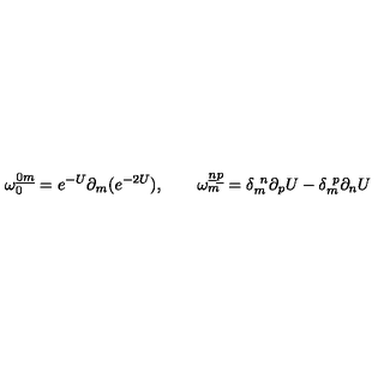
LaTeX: \omega _ { 0 } ^ { \underline { 0 } \underline { m } } = e ^ { - U } \partial _ { m } ( e ^ { - 2 U } ) , \qquad \omega _ { m } ^ { \underline { n } \underline { p } } = \delta _ { m } ^ { \ n } \partial _ { p } U - \delta _ { m } ^ { \ p } \partial _ { n } U